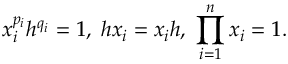
x _ { i } ^ { p _ { i } } h ^ { q _ { i } } = 1 , \; h x _ { i } = x _ { i } h , \; \prod _ { i = 1 } ^ { n } x _ { i } = 1 .